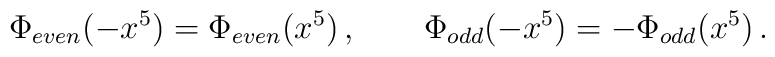
\Phi _{even}(-x^5)=\Phi _{even}(x^5)\,,\qquad \Phi _{odd}(-x^5)=-\Phi _{odd}(x^5)\,.